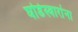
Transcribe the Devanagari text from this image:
घोडेस्वारांना